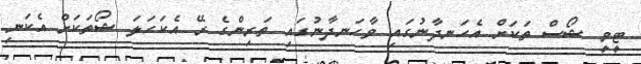
ޓީވީ ޝޯސް ތަކަށް އެހަނދާނުގައި ވާހަނދާނުގައި ތަރިންގެ ރޭ އެކަހަލަ ޝޯތަކަށް އެކަނި